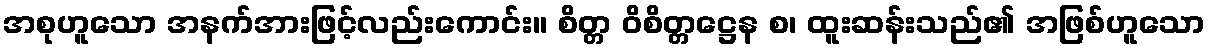
အစုဟူသော အနက်အားဖြင့်လည်းကောင်း။ စိတ္တ ဝိစိတ္တဋ္ဌေန စ၊ ထူးဆန်းသည်၏ အဖြစ်ဟူသော